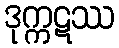
ဒုက္ကဋဿ